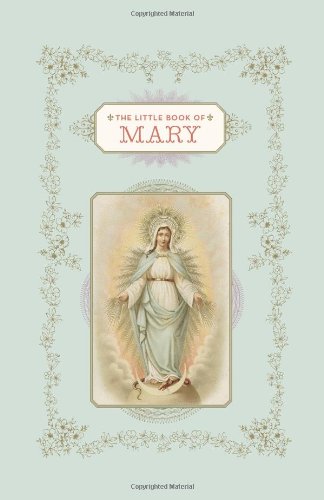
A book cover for The Little Book of Mary; Christine Barrely; Christian Books & Bibles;